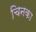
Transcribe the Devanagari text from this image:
चिनका